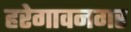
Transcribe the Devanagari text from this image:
हरेगावनगर